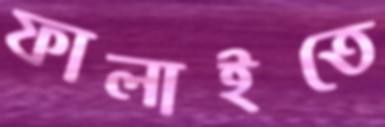
ফালাইতে